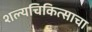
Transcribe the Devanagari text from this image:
शल्यचिकित्साचा